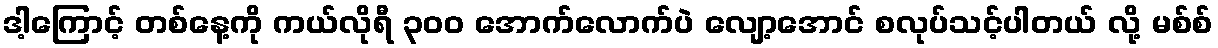
ဒါ့ကြောင့် တစ်နေ့ကို ကယ်လိုရီ ၃၀၀ အောက်လောက်ပဲ လျော့အောင် စလုပ်သင့်ပါတယ် လို့ မစ်စ်